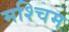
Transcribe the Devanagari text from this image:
मश्चिम